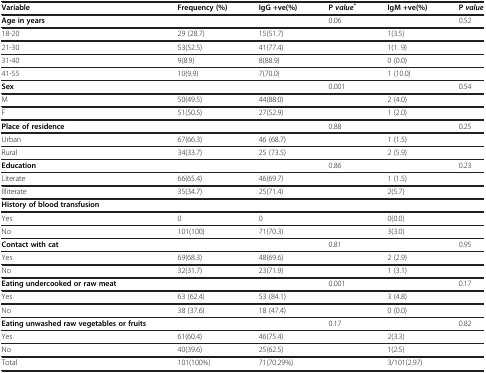
| Variable | Frequency (%) | IgG +ve(%) | P value* | IgM +ve(%) | P value |
 | --- | --- | --- | --- | --- | --- |
 | Age in years |  |  | 0.06 |  | 0.52 |
 | 18-20 | 29 (28.7) | 15(51.7) |  | 1(3.5) |  |
 | 21-30 | 53(52.5) | 41(77.4) |  | 1(1. 9) |  |
 | 31-40 | 9(8.9) | 8(88.9) |  | 0 (0.0) |  |
 | 41-55 | 10(9.9) | 7(70.0) |  | 1 (10.0) |  |
 | Sex |  |  | 0.001 |  | 0.54 |
 | M | 50(49.5) | 44(88.0) |  | 2 (4.0) |  |
 | F | 51(50.5) | 27(52.9) |  | 1 (2.0) |  |
 | Place of residence |  |  | 0.88 |  | 0.25 |
 | Urban | 67(66.3) | 46 (68.7) |  | 1 (1.5) |  |
 | Rural | 34(33.7) | 25 (73.5) |  | 2 (5.9) |  |
 | Education |  |  | 0.86 |  | 0.23 |
 | Literate | 66(65.4) | 46(69.7) |  | 1 (1.5) |  |
 | Illiterate | 35(34.7) | 25(71.4) |  | 2(5.7) |  |
 | <COLSPAN=2> History of blood transfusion |  |  |  |  |
 | Yes | 0 | 0 |  | 0(0.0) |  |
 | No | 101(100) | 71(70.3) |  | 3(3.0) |  |
 | Contact with cat |  |  | 0.81 |  | 0.95 |
 | Yes | 69(68.3) | 48(69.6) |  | 2 (2.9) |  |
 | No | 32(31.7) | 23(71.9) |  | 1 (3.1) |  |
 | Eating undercooked or raw meat |  |  | 0.001 |  | 0.17 |
 | Yes | 63 (62.4) | 53 (84.1) |  | 3 (4.8) |  |
 | No | 38 (37.6) | 18 (47.4) |  | 0 (0.0) |  |
 | Eating unwashed raw vegetables or fruits |  |  | 0.17 |  | 0.82 |
 | Yes | 61(60.4) | 46(75.4) |  | 2(3.3) |  |
 | No | 40(39.6) | 25(62.5) |  | 1(2.5) |  |
 | Total | 101(100%) | 71(70.29%) |  | 3/101(2.97) |  |